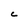
Character: C